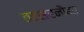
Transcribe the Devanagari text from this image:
तटसरनौबत